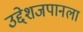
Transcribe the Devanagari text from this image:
उद्देशजपानला